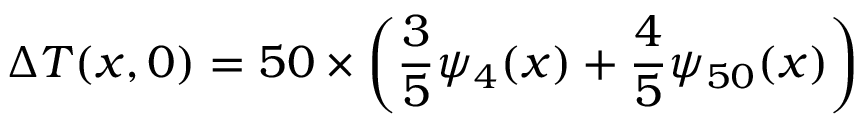
\Delta { T } ( x , 0 ) = 5 0 \times \left( \frac { 3 } { 5 } \psi _ { 4 } ( x ) + \frac { 4 } { 5 } \psi _ { 5 0 } ( x ) \right)